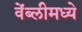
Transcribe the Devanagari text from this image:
वेंब्लीमध्ये